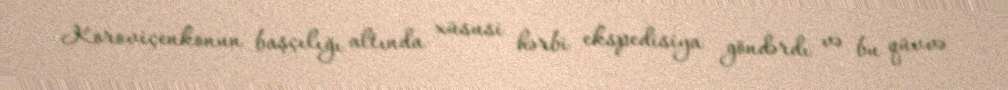
Koroviçenkonun başçılığı altında xüsusi hərbi ekspedisiya göndərdı və bu qüvvə